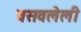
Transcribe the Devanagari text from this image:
वसवलेली